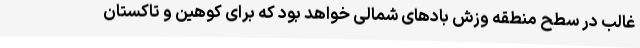
غالب در سطح منطقه وزش بادهای شمالی خواهد بود که برای کوهین و تاکستان